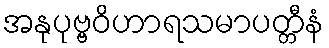
အနုပုဗ္ဗဝိဟာရသမာပတ္တီနံ